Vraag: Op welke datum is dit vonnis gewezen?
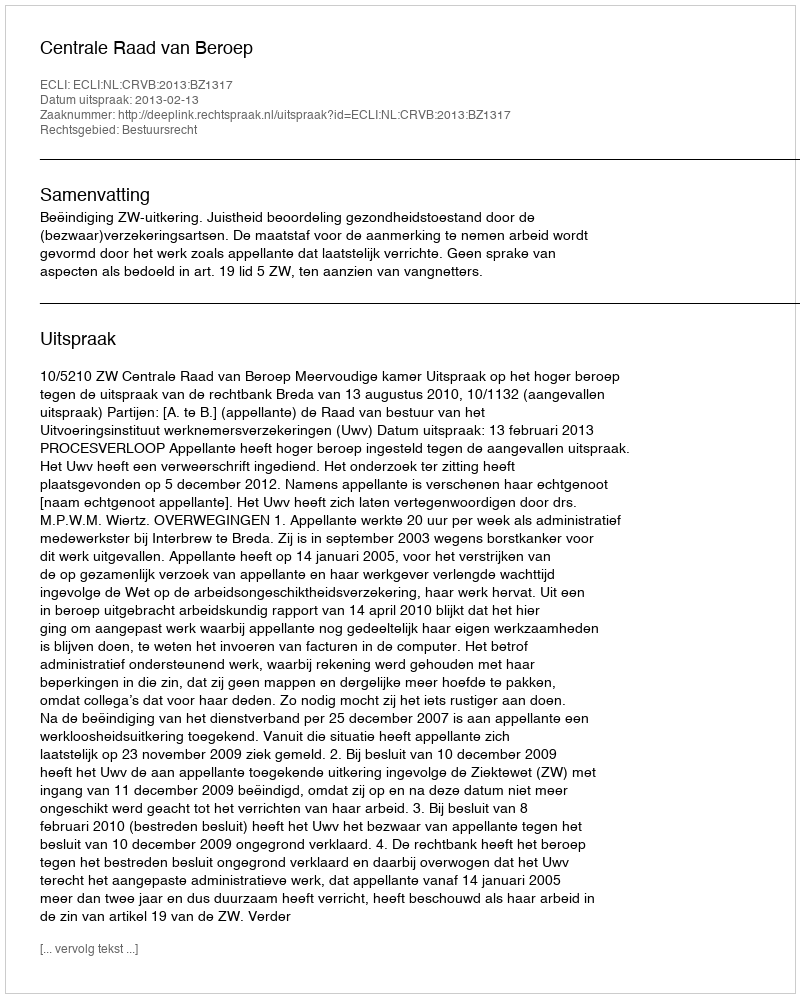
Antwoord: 2013-02-13